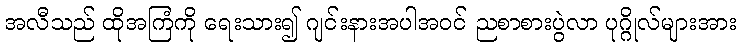
အလီသည် ထိုအကြံကို ရေးသား၍ ဂျင်းနားအပါအဝင် ညစာစားပွဲလာ ပုဂ္ဂိုလ်များအား